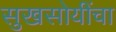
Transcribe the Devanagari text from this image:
सुखसोयींचा